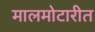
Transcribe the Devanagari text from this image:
मालमोटारीत